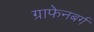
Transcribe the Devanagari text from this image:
ग्राफेनबर्ग